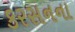
કરસનના